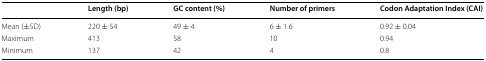
|  | Length (bp) | GC content (%) | Number of primers | Codon Adaptation Index (CAI) |
 | --- | --- | --- | --- | --- |
 | Mean (±SD) | 220 ± 54 | 49 ± 4 | 6 ± 1.6 | 0.92 ± 0.04 |
 | Maximum | 413 | 58 | 10 | 0.94 |
 | Minimum | 137 | 42 | 4 | 0.8 |